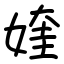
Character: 㛻